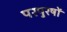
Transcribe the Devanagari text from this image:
परपुरषों